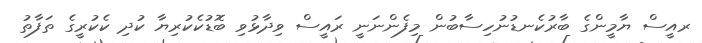
ރއީސް ޔާމީންގެ ބާރުކެނޑުނުހިސާބުން މިފެންނަނީ ރައީސް ވިދާޅުވި ބޮޑުކެކުރިޔާ ކުދި ކެކުރީގެ ތަފާތު